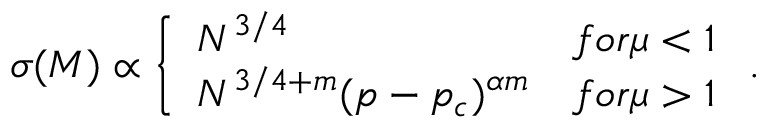
\sigma ( M ) \propto \left\{ \begin{array} { l l } { N ^ { 3 / 4 } } & { f o r \mu < 1 } \\ { N ^ { 3 / 4 + m } ( p - p _ { c } ) ^ { \alpha m } } & { f o r \mu > 1 } \end{array} \right. .